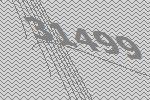
31499